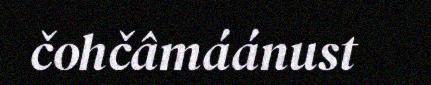
čohčâmáánust